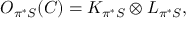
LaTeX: { \cal O } _ { \pi ^ { * } { \cal S } } ( C ) = K _ { \pi ^ { * } { \cal S } } \otimes L _ { \pi ^ { * } { \cal { S } } } ,